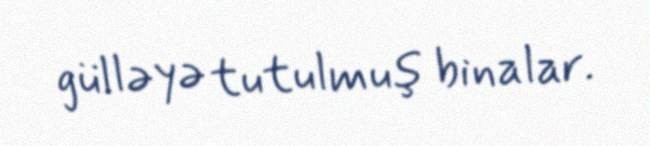
gülləyə tutulmuş binalar.